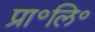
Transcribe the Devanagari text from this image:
प्रा॰लि॰